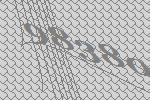
98380